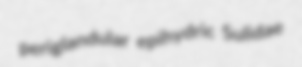
periglandular epihydric Sulidae